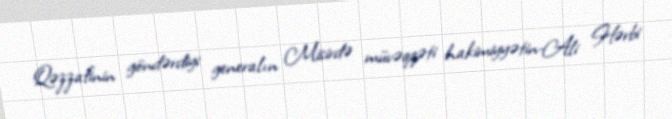
Qəzzafinin göndərdiyi generalın Misirdə müvəqqəti hakimiyyətin-Ali Hərbi